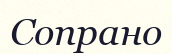
Сопрано